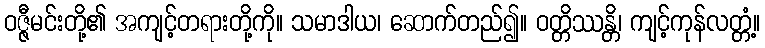
ဝဇ္ဇီမင်းတို့၏ အကျင့်တရားတို့ကို။ သမာဒါယ၊ ဆောက်တည်၍။ ဝတ္တိဿန္တိ၊ ကျင့်ကုန်လတ္တံ့။